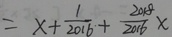
= x + \frac { 1 } { 2 0 1 6 } + \frac { 2 0 1 8 } { 2 0 1 6 } x